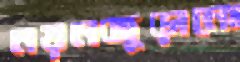
নয়নজুড়ানো